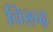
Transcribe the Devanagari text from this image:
विरूढ़